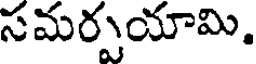
సమర్పయామి.